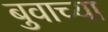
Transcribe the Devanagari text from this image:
बुवाच्या